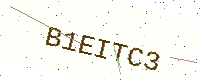
Text: B1EITC3